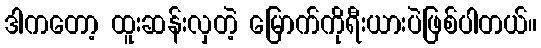
ဒါကတော့ ထူးဆန်းလှတဲ့ မြောက်ကိုရီးယားပဲဖြစ်ပါတယ်။